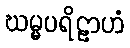
ဃမ္မပရိဠာဟံ